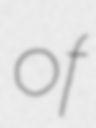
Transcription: of